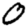
Digit: 0